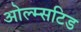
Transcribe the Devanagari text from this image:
ओल्म्सटिड